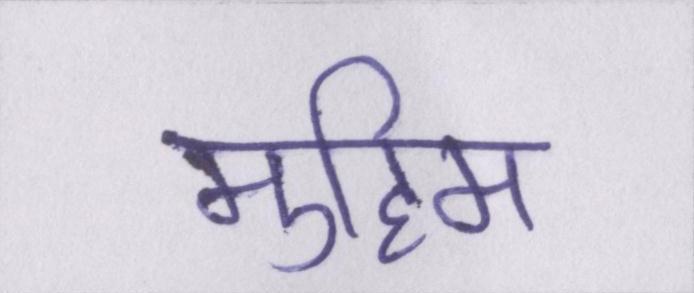
मुहिम